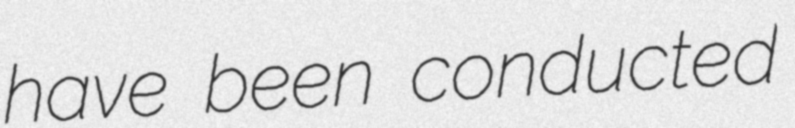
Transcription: have been conducted